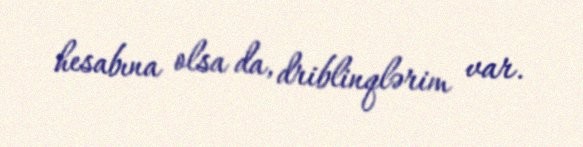
hesabına olsa da, driblinqlərim var.